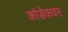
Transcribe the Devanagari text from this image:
कोडेकवर